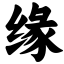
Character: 缘